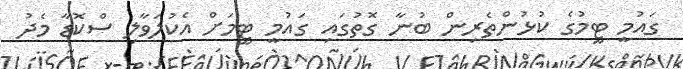
ގައުމީ ޓީމުގެ ކުޅުންތެރިން ބުނާ ގޮތުގައި ގައުމީ ޓީމަށް އެކުލަވާލި ސްކޮޑާ މެދު